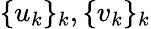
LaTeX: \{ u_{k}\} _{k},\{ v_{k}\} _{k}